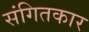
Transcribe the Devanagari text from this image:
संगितकार